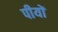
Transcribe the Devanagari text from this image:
पीयों